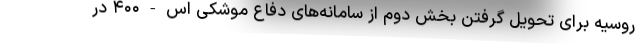
روسیه برای تحویل گرفتن بخش دوم از سامانه‌های دفاع موشکی اس-۴۰۰ در